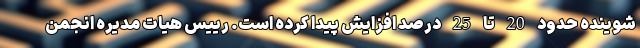
شوینده حدود 20 تا 25 درصد افزایش پیدا کرده است. رییس هیات مدیره انجمن